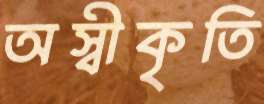
অস্বীকৃতি